Vaccination report Assam 1874-1896 - 1874-1896
Year: 1874
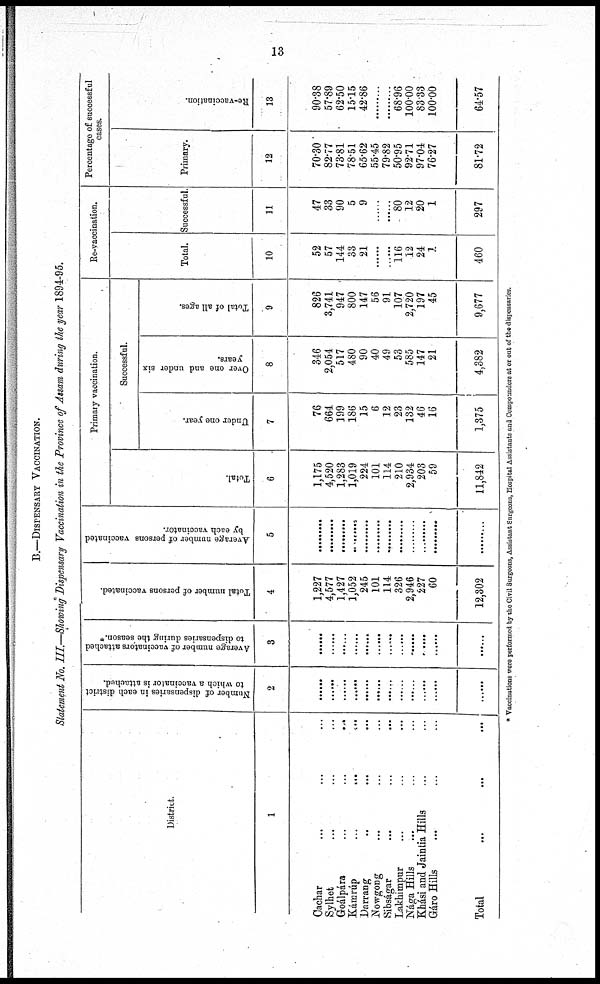
13
B.—DISPENSARI VACCINATION.
Statement No. III.—Showing Dispensary Vaccination in the Province of Assam during the year 1894-95.
District.
1
Cachar ... ... ...
Sylhet ... ... ...
Goálpára
...
...
...
Kamrúp
...
...
...
Darrang ... ... ...
Nowgong ... ... ...
Sibsagar
...
...
...
Lakhimpur
...
...
...
Nága Hills ... ... ...
Khási and Jaintia Hills ... ...
Gáro Hills ... ... ...
Total
...
...
...
Number of dispensaries in each district
to which a vaccinator is attached.
2
......
......
......
......
......
......
......
......
......
......
......
......
Average number of vaccinators attached
to dispensaries during the season.*
3
......
......
......
......
......
......
......
......
......
......
......
......
Total number of persons vaccinated.
4
1,227
4,577
1,427
1,052
245
101
114
326
2,946
227
60
12,302
Average number of persons vaccinated
by each vaccinator.
5
.........
.........
.........
.........
.........
.........
.........
.........
.........
.........
.........
.........
Primary vaccination.
Total.
6
1,175
4,520
1,283
1,019
224
101
114
210
2,934
203
59
11,842
Successful.
Under one year.
7
76
664
199
186
15
6
12
23
132
46
16
1,375
Over one and under six
years.
8
346
2,054
517
480
90
40
49
53
585
147
21
4,382
Total of all ages.
9
826
3,741
947
800
147
56
91
107
2,720
197
45
9,677
Re-vaccination.
Total
10
52
57
144
33
21
......
......
116
12
24
1
460
Successful .
11
47
33
90
5
9
......
......
80
12
20
1
297
Percentage of successful
cases.
Primary.
12
70.30
82.77
73.81
78.51
65.62
55.45
79.82
50.95
92.71
97.04
76.27
81.72
Re-vaccination.
13
90.38
57.89
62.50
15.15
42.86
.........
.........
68.96
100.00
83.33
100.00
64.57
* Vaccinations were performed by the Civil Surgeons, Assistant Surgeons, Hospital Assistants and Compounders at or out of the dispensaries.